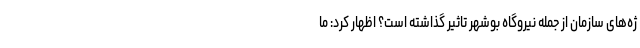
ژه‌های سازمان از جمله نیروگاه بوشهر تاثیر گذاشته است؟ اظهار کرد: ما